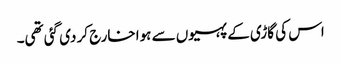
اس کی گاڑی کے پہیوں سے ہوا خارج کر دی گئی تھی۔